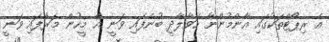
އެ ރިޕޯޓްތަކުގައި އާންމުންނާ ހަވާލާދީ ބުނެފައި ވަނީ އެ މީހުން މަރާފައި ވަނީ